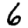
Digit: 6